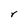
Character: r